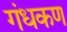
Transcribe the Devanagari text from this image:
गंधकण